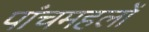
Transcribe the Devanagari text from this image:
पांचमहलों